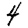
Digit: 4